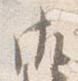
御